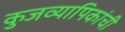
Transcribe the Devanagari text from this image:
कुजव्यापिकांची